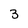
Character: 3